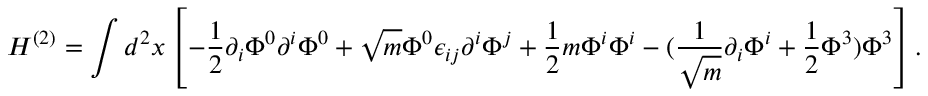
H ^ { ( 2 ) } = \int d ^ { 2 } x \left[ - \frac { 1 } { 2 } \partial _ { i } \Phi ^ { 0 } \partial ^ { i } \Phi ^ { 0 } + \sqrt { m } \Phi ^ { 0 } \epsilon _ { i j } \partial ^ { i } \Phi ^ { j } + \frac { 1 } { 2 } m \Phi ^ { i } \Phi ^ { i } - ( \frac { 1 } { \sqrt { m } } \partial _ { i } \Phi ^ { i } + \frac { 1 } { 2 } \Phi ^ { 3 } ) \Phi ^ { 3 } \right] .